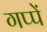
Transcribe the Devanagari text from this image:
गप्पें